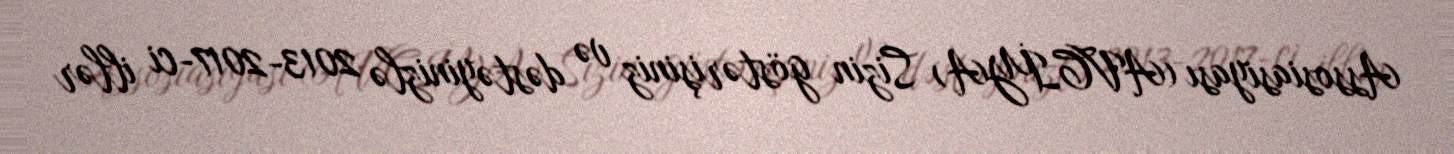
Assosiasiyası (AVCİYA) Sizin göstərişiniz və dəstəyinizlə 2013-2017-ci illər